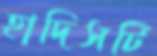
হাদিসটি